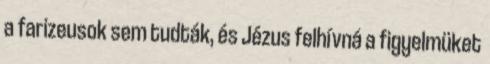
a farizeusok sem tudták, és Jézus felhívná a figyelmüket